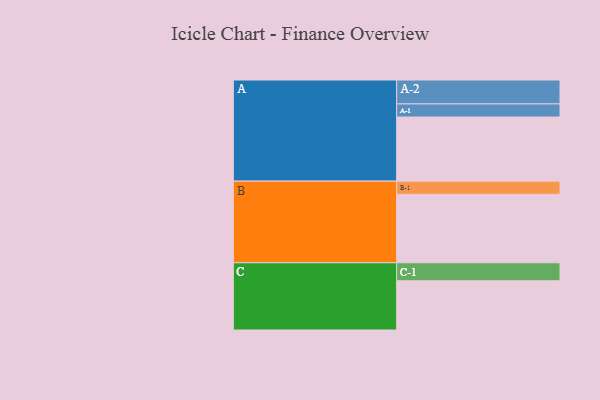
{"axis": {"x": "Segment", "y": "Value"}, "legend": ["", "A", "B", "C"], "data": [{"x": "A", "y": 410, "type": ""}, {"x": "B", "y": 438, "type": ""}, {"x": "C", "y": 315, "type": ""}, {"x": "A-1", "y": 84, "type": "A"}, {"x": "A-2", "y": 153, "type": "A"}, {"x": "B-1", "y": 84, "type": "B"}, {"x": "C-1", "y": 115, "type": "C"}]}